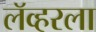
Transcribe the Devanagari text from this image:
लॅव्हरला